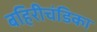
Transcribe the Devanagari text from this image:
बहिरीचंडिका